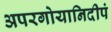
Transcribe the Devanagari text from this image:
अपरगोयानिदीपं